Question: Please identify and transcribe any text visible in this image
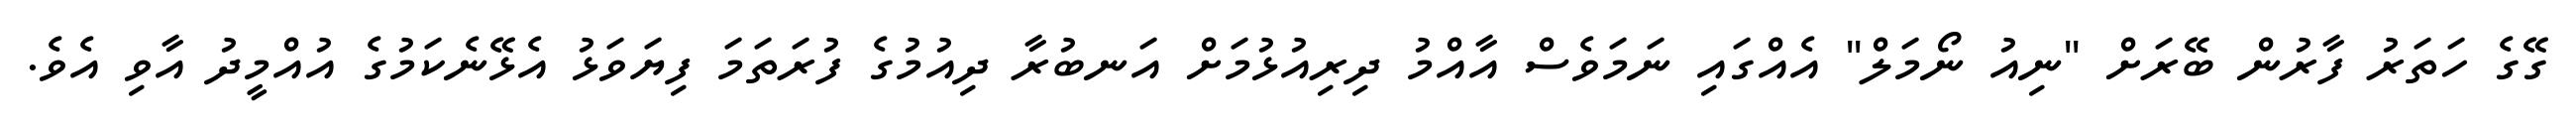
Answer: ގޭގެ ހަތަރު ފާރުން ބޭރަށް "ނިއު ނޯމަލް" އެއްގައި ނަމަވެސް އާއްމު ދިރިއުޅުމަށް އަނބުރާ ދިއުމުގެ ފުރަތަމަ ފިޔަވަޅު އެޅޭނެކަމުގެ އުއްމީދު އާވި އެވެ.